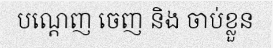
បណ្តេញ ចេញ និង ចាប់ខ្លួន